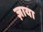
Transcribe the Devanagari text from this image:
ज़ाया